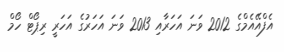
އެފްއޭއެމްގެ 2012 ވަނަ އަހަރާއި 2013 ވަނަ އަހަރުގެ އަހަރީ ރިޕޯޓް ހޯމް